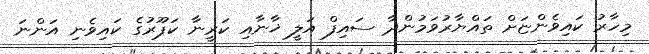
މިހާރު ކައިވެންޏަށް ތައްޔާރުވަމުންދާ ސައިފް އަލީ ޚާނާއި ކަރީނާ ކަޕޫރުގެ ކައިވެނި އަންނަ